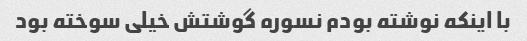
با اینکه نوشته بودم نسوره گوشتش خیلی سوخته بود